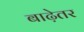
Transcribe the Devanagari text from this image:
बाढ़ेतर